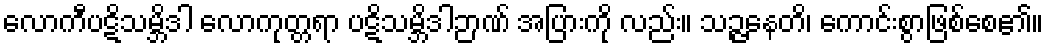
လောကီပဋိသမ္ဘိဒါ လောကုတ္တရာ ပဋိသမ္ဘိဒါဉာဏ် အပြားကို လည်း။ သဉ္ဇနေတိ၊ ကောင်းစွာဖြစ်စေ၏။